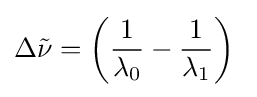
\Delta {\tilde {\nu }}=\left({\frac {1}{\lambda _{0}}}-{\frac {1}{\lambda _{1}}}\right)\